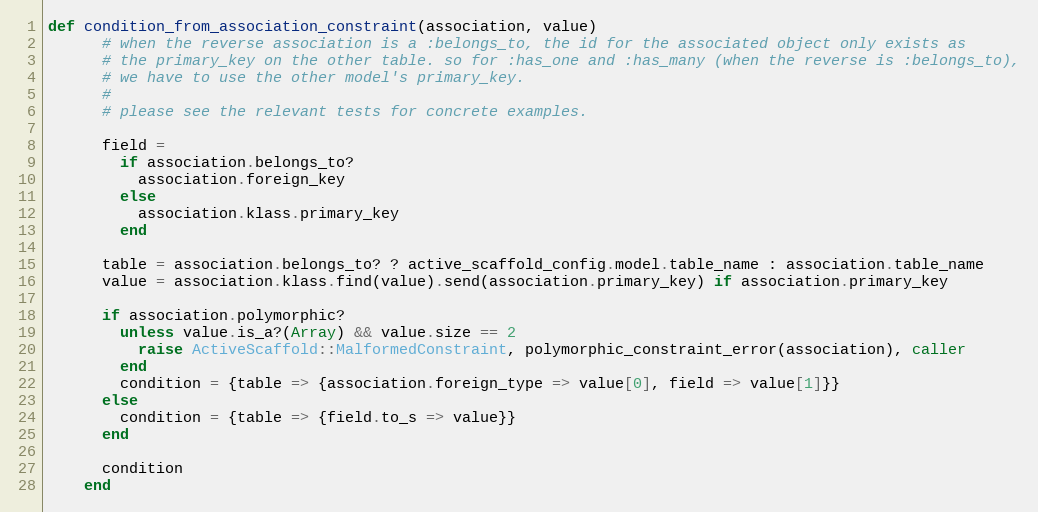
Language: Ruby
def condition_from_association_constraint(association, value)
      # when the reverse association is a :belongs_to, the id for the associated object only exists as
      # the primary_key on the other table. so for :has_one and :has_many (when the reverse is :belongs_to),
      # we have to use the other model's primary_key.
      #
      # please see the relevant tests for concrete examples.

      field =
        if association.belongs_to?
          association.foreign_key
        else
          association.klass.primary_key
        end

      table = association.belongs_to? ? active_scaffold_config.model.table_name : association.table_name
      value = association.klass.find(value).send(association.primary_key) if association.primary_key

      if association.polymorphic?
        unless value.is_a?(Array) && value.size == 2
          raise ActiveScaffold::MalformedConstraint, polymorphic_constraint_error(association), caller
        end
        condition = {table => {association.foreign_type => value[0], field => value[1]}}
      else
        condition = {table => {field.to_s => value}}
      end

      condition
    end